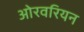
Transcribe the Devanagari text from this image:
ओरवरियन